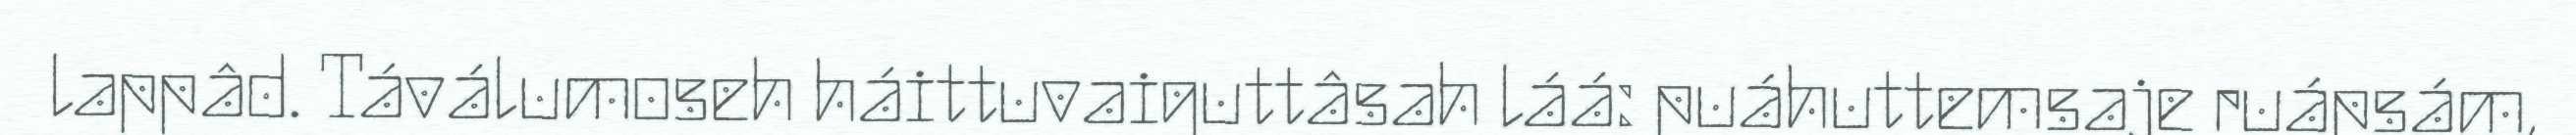
lappâd. Táválumoseh háittuvaiguttâsah láá: puáhuttemsaje ruápsám,